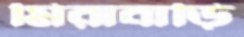
মিরাবাড়ি